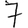
Digit: 7